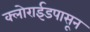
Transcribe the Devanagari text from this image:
क्लोराईडपासून